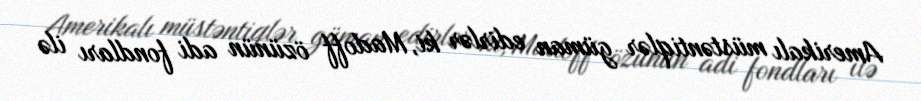
Amerikalı müstəntiqlər güman edirlər ki, Madoff özünün adi fondları ilə